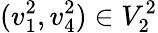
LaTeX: (v_{1}^{2},v_{4}^{2})\in V_{2}^{2}